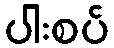
ပါးစပ်